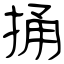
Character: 捅